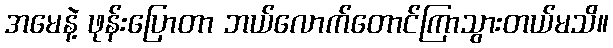
အမေနဲ့ ဖုန်းပြောတာ ဘယ်လောက်တောင်ကြာသွားတယ်မသိ။